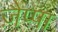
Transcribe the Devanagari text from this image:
ज़ैप्पा